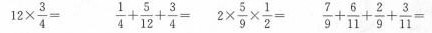
$$12 \times \frac{3}{4}=$$ $$\frac{1}{4}+ \frac{5}{12}+ \frac{3}{4}=$$ $$2 \times \frac{5}{9}\times \frac{1}{2}=$$ $$\frac{7}{9}+ \frac{6}{11}+ \frac{2}{9}+ \frac{3}{11}=$$